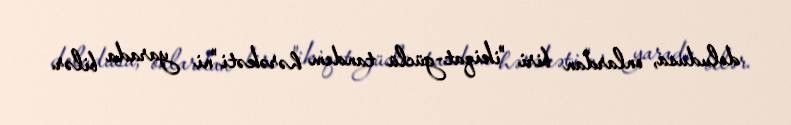
doludusa, onlardan biri "ikiqat-güclü tandem hərəkəti"ni yarada bilər.